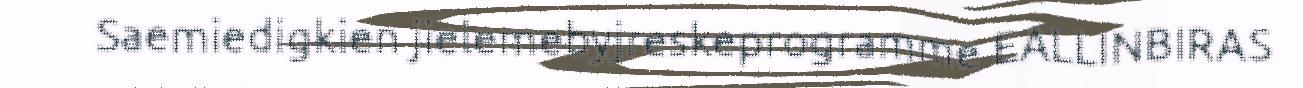
Saemiedigkien jielemebyjreskeprogramme EALLINBIRAS